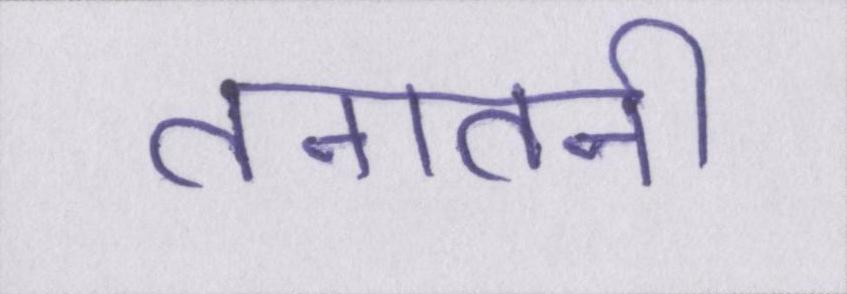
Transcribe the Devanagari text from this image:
तनातनी